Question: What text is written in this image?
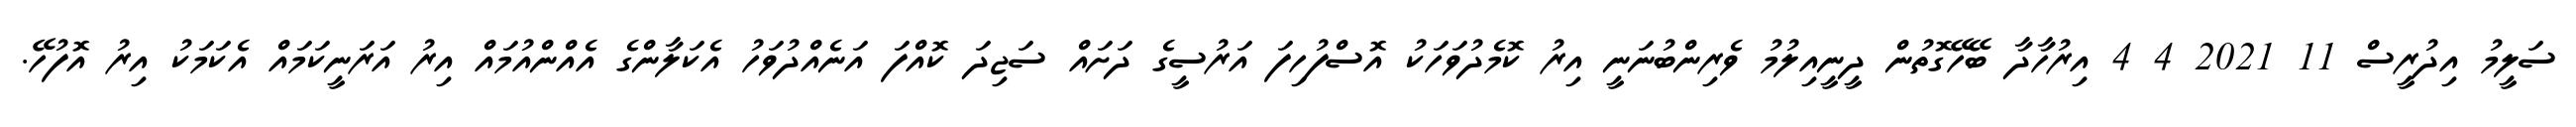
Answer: ސަލީމު އިދުރީސް 11 2021 4 4 އިރުހާދާ ބޭހޭގޮތުން ދީނީއިލުމު ވެރިންބުނަނީ އިރު ކޮމެދުވަހަކު އޮސްފުހިފަ އަރުސީގެ ދަށައް ސަޖިދަ ކޮއްފަ އަނެއްދުވަހު އެކަލާންގެ އެއްންއުމައް އިރު އަރަނީކަމައް އެކަމަކު އިރު އޮފުހޭ.